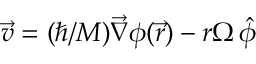
\vec { v } = ( \hbar / M ) \vec { \nabla } \phi ( \vec { r } ) - r \Omega \, \hat { \phi }